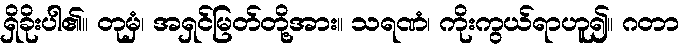
ရှိခိုးပါ၏။ တုမှံ၊ အရှင်မြတ်တို့အား။ သရဏံ၊ ကိုးကွယ်ရာဟူ၍။ ဂတာ